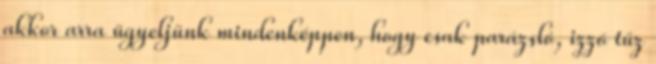
akkor arra ügyeljünk mindenképpen, hogy csak parázsló, izzó tűz